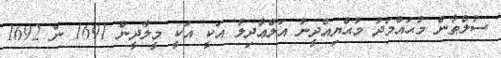
ސުލްޠާން މުޙައްމަދު މުޙްޔިއްދީނު އަލްޢާދިލު އަކީ އަކީ މީލާދީން 1691 ން 1692